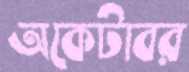
অকেটাবর